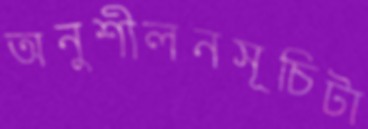
অনুশীলনসূচিটা